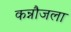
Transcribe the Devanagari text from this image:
कन्नौजला